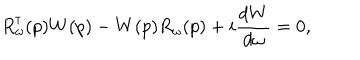
R _ { \omega } ^ { \dagger } ( p ) W ( p ) - W ( p ) R _ { \omega } ( p ) + i \frac { d W } { d \omega } = 0 ,